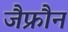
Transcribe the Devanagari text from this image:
जैफ्रौन